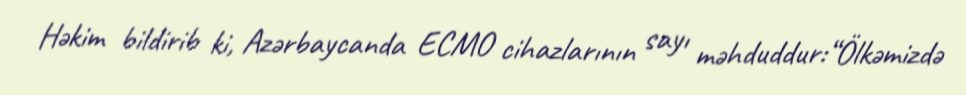
Həkim bildirib ki, Azərbaycanda ECMO cihazlarının sayı məhduddur:“Ölkəmizdə